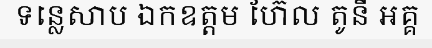
ទន្លេសាប ឯកឧត្តម ហ៊ែល តូនី អគ្គ